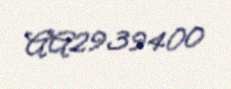
AA2939400